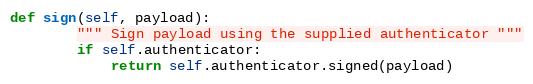
Language: Python
def sign(self, payload):
        """ Sign payload using the supplied authenticator """
        if self.authenticator:
            return self.authenticator.signed(payload)